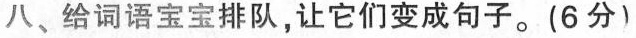
八、给词语宝宝排队，让它们变成句子。(6分)